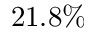
2 1 . 8 \%